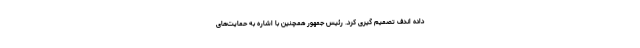
داده اندف تصمیم گیری کرد. رئیس جمهور همچنین با اشاره به حمایت‌های